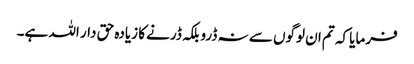
فرمایا کہ تم ان لوگوں سے نہ ڈرو بلکہ ڈرنے کا زیادہ حق دار اللہ ہے۔